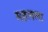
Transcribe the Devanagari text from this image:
महलला